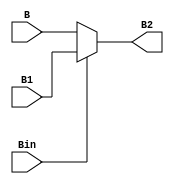
`timescale 1ns / 1ps
module Binvert(B,B1,Bin,B2);
	input B,B1;
	input Bin;
	output B2;
	
	assign B2 = Bin? B1:B;


endmodule